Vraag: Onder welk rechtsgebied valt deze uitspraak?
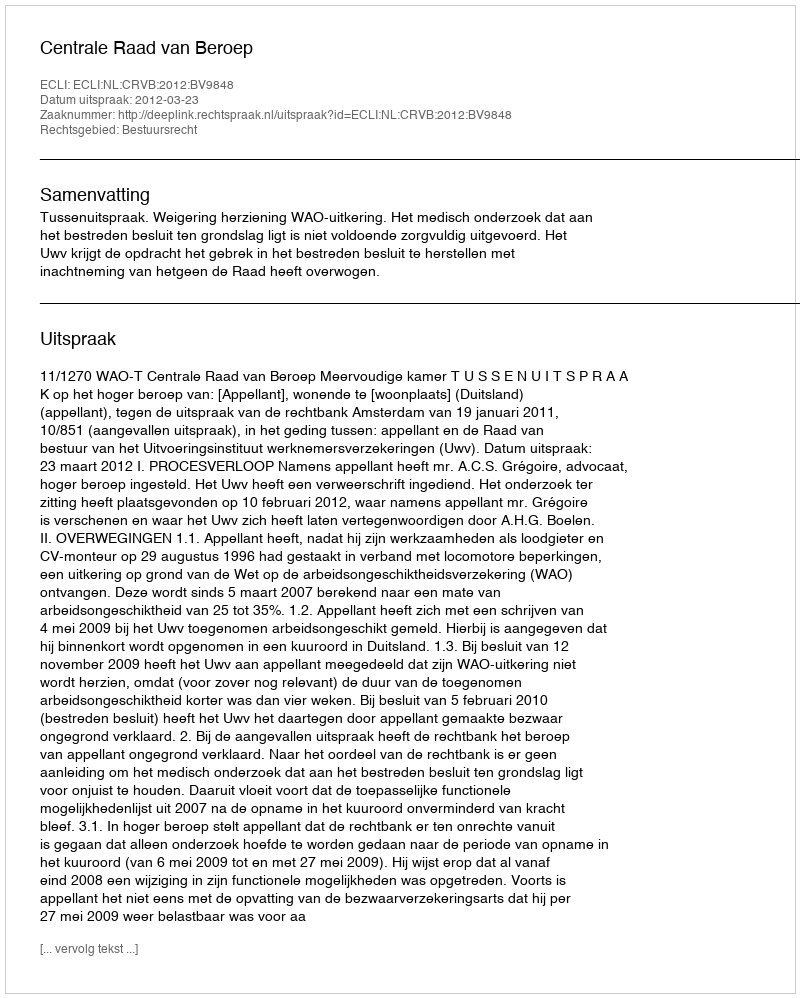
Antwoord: Bestuursrecht